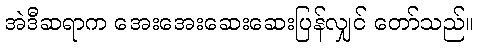
အဲဒီဆရာက အေးအေးဆေးဆေးပြန်လျှင် တော်သည်။